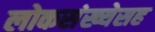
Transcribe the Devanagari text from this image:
लोकसंख्येसह